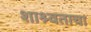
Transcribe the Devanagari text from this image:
शाश्र्वताचा